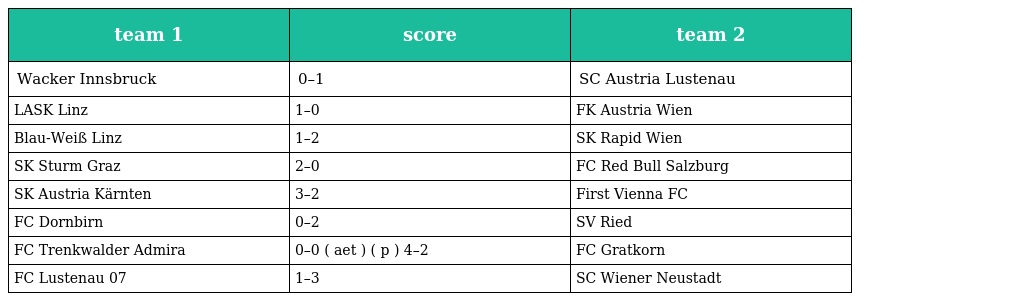
| team 1 | score | team 2 |
 | --- | --- | --- |
 | Wacker Innsbruck | 0–1 | SC Austria Lustenau |
 | LASK Linz | 1–0 | FK Austria Wien |
 | Blau-Weiß Linz | 1–2 | SK Rapid Wien |
 | SK Sturm Graz | 2–0 | FC Red Bull Salzburg |
 | SK Austria Kärnten | 3–2 | First Vienna FC |
 | FC Dornbirn | 0–2 | SV Ried |
 | FC Trenkwalder Admira | 0–0 ( aet ) ( p ) 4–2 | FC Gratkorn |
 | FC Lustenau 07 | 1–3 | SC Wiener Neustadt |